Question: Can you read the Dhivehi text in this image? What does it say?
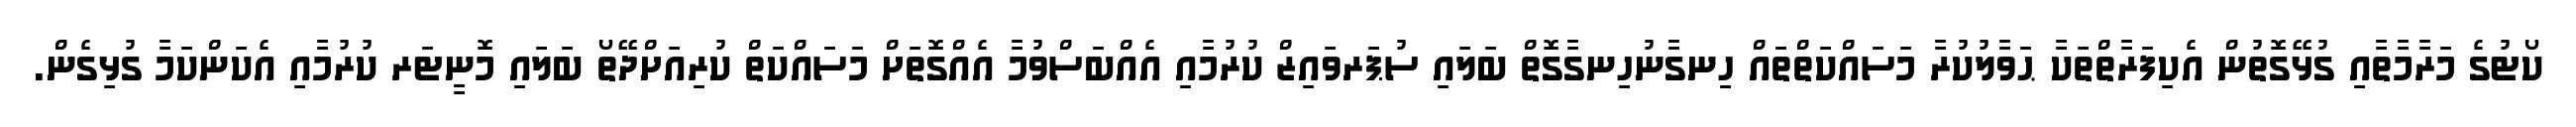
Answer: ކޯޓުގެ މަރާމާތާއި ގުޅޭގޮތުން އެކިފަރާތްތަކާ ޙަވާލުކުރާ މަސައްކަތްތައް ހިނގާނުހިނގާގޮތް ބަލައި ސުޕަރވައިޒް ކުރުމާއި އެއްބަސްވުމާ އެއްގޮތަށް މަސައްކަތް ކުރިއަށްދޭތޯ ބަލައި މޮނީޓަރ ކުރުމާއި އެކަންކަމާ ގުޅިގެން.